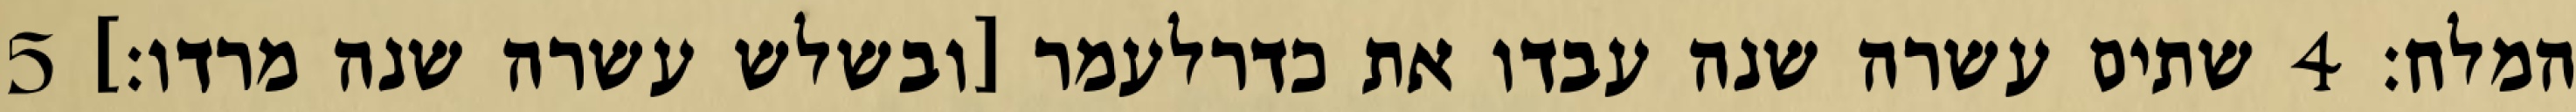
המלח׃ ‎4‏ שתים עשרה שנה עבדו את כדרלעמר [ובשלש עשרה שנה מרדו׃] ‎5‏